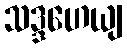
သဒ္ဒဟေယျ